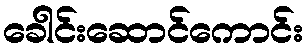
ခေါင်းဆောင်ကောင်း